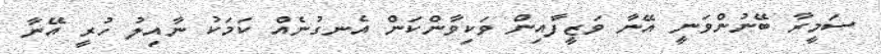
ސަމީރާ ބޭނުންވަނީ އޭނާ ވަޒީފާއިން ވަކިވާންކަން އެނގުނެއް ކަމަކު ނާއިލު ހުރީ އޭނާ